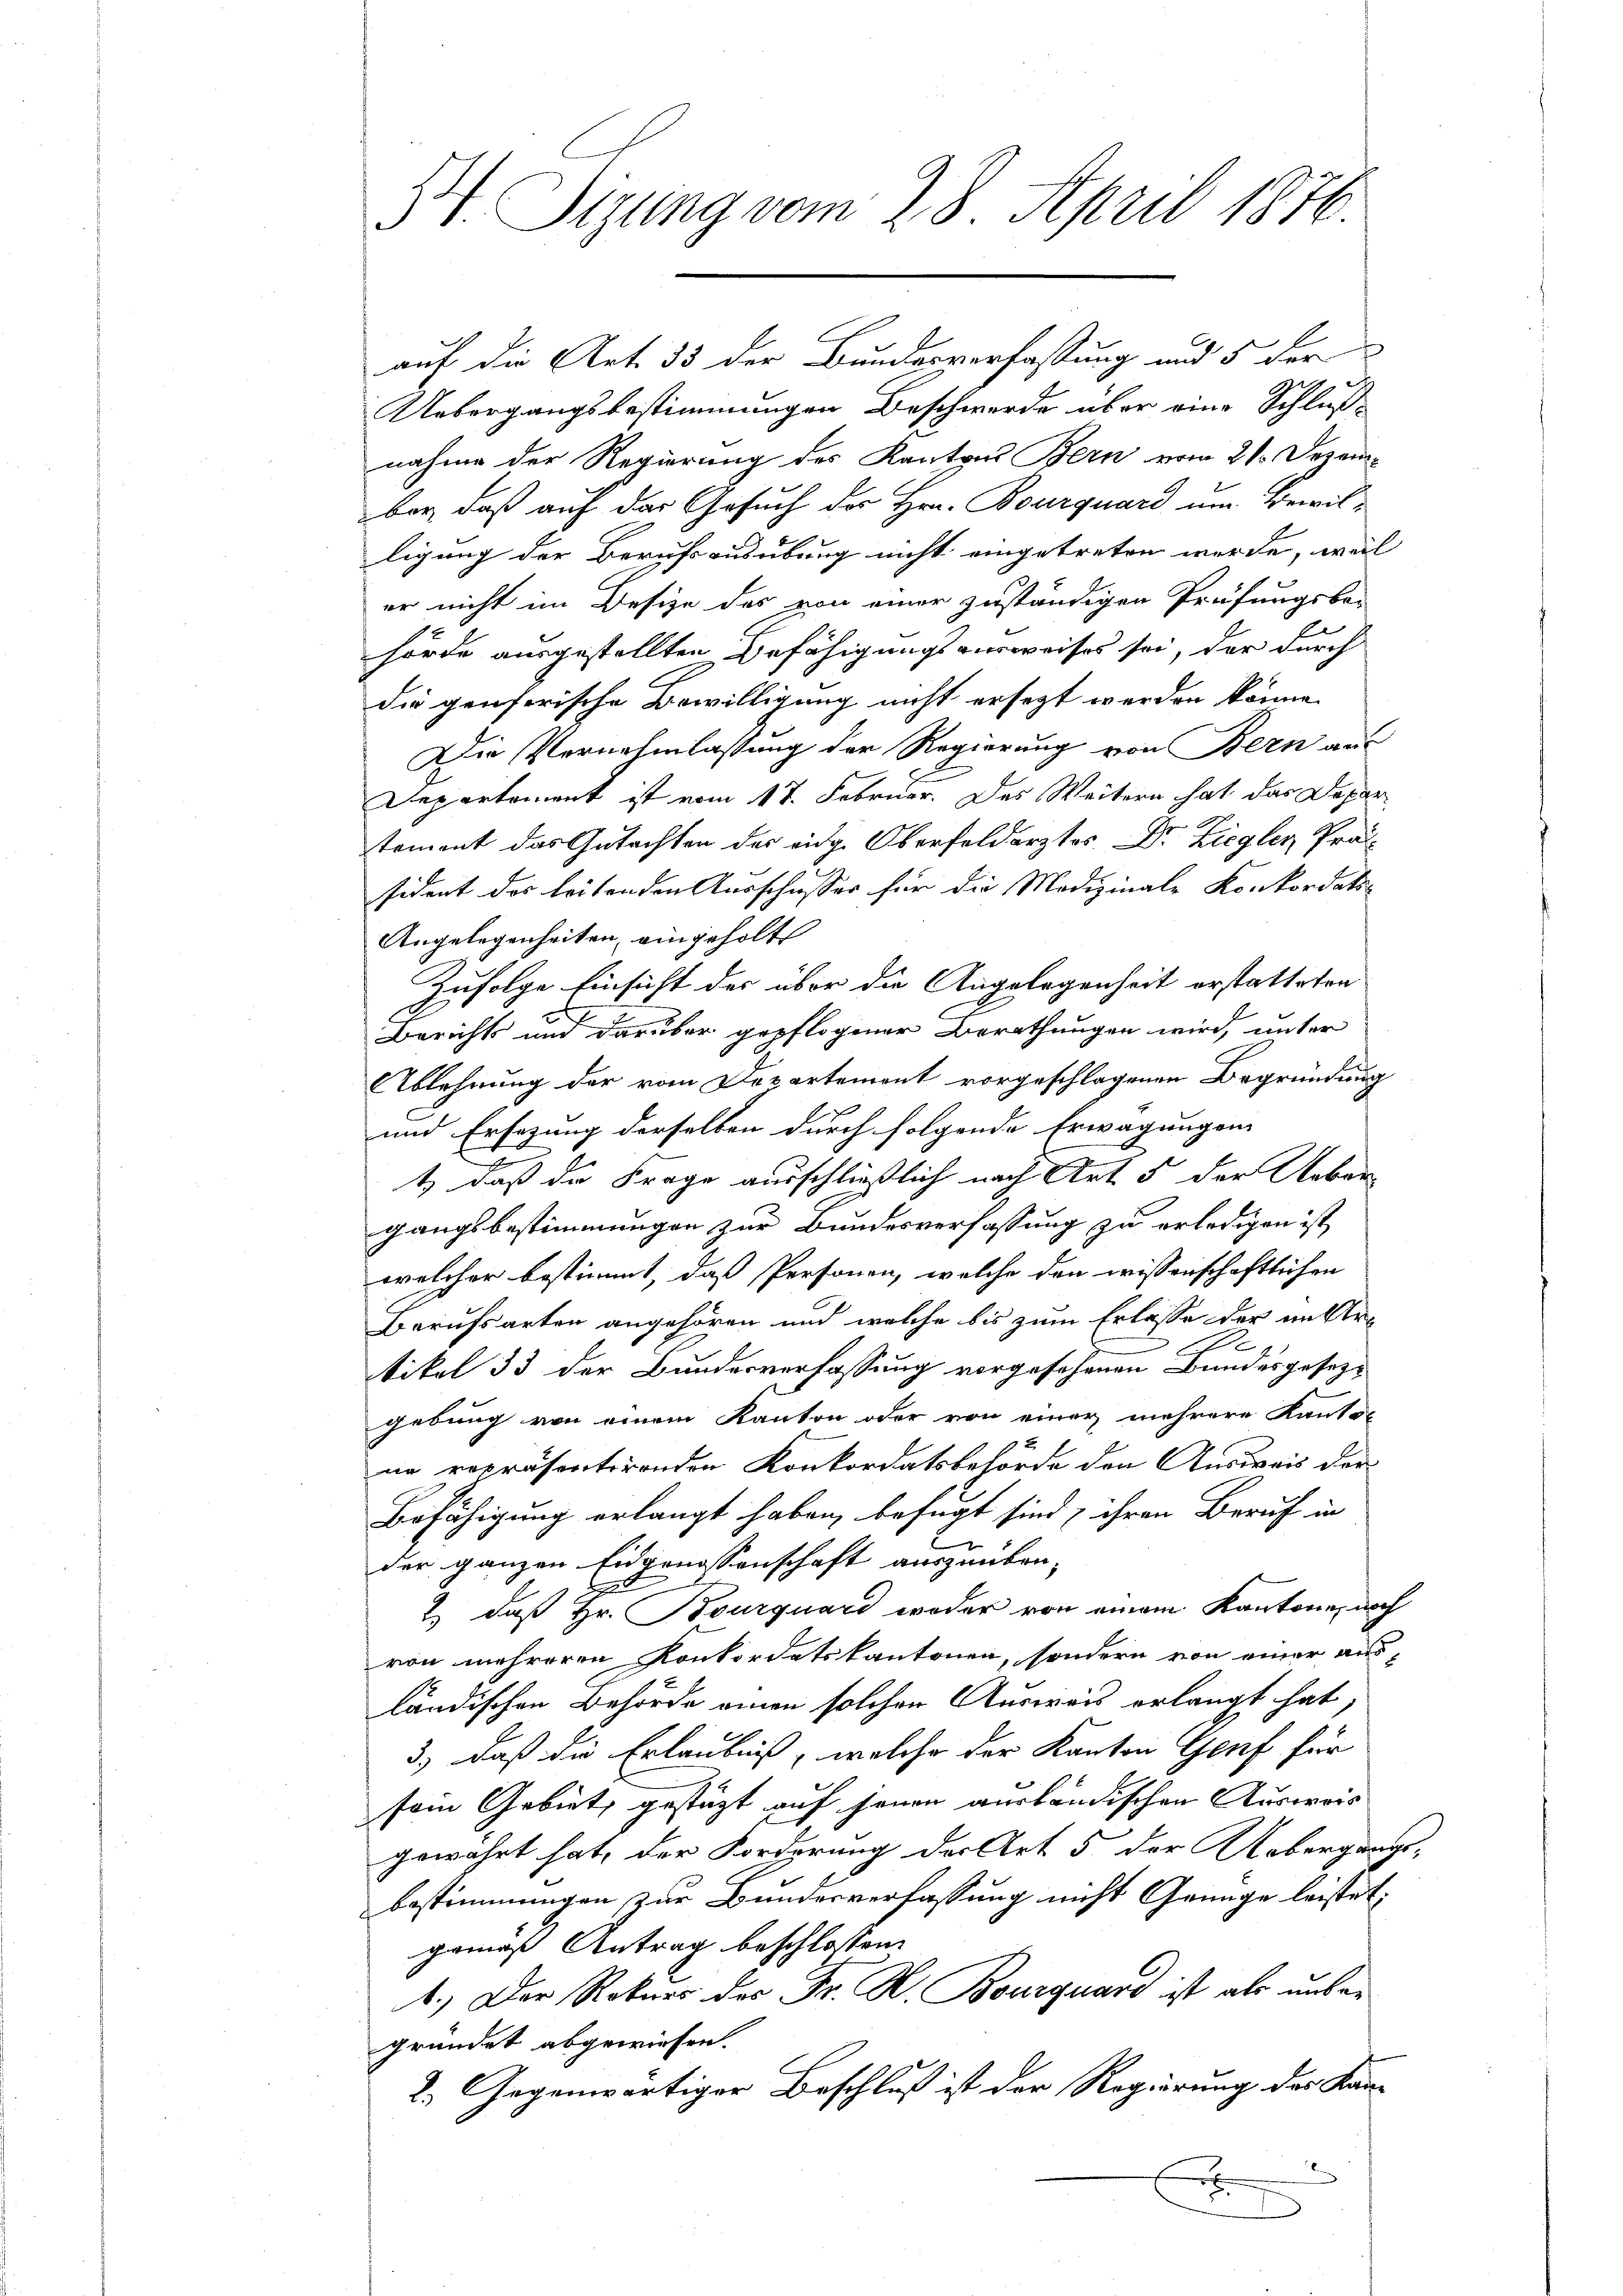
St. Sizung vom 28. April 1876

auf die Art. 33 der Bundesverfassung und 5 der
e
Uebergangsbestimmungen Beschwerde über eine Schluß-
nahme der Regierung des Kantons Bern vom 21. Dezembey, daß auf das Gesuch der Hrn. Bourquard um Bewilligung der Berufsausübung nicht eingetreten werde, weil
er nicht im Besize des von einer zuständigen Prüfungsbe-
hörde ausgestellten Befähigungsausweises sei, der durch
die genferische Bewilligung nicht ersezt werden könne.
Die Vornehmlassung der Regierung von Bern aus
Departement ist vom 17. Februar. Das Weitern hat das Departement das Gutachten des eidg. Oberfelderstos Dr. Ziegler Prässident des leitenden Ausschusser für die Medizinale Konkordats-
Angelegenheiten, eingeholt
Zufolge Einsicht der über die Angelegenheit erstatteten
2
Berichts und darüber gepflogener Berathungen wird, unter
Ablehnung der vom Departement vorgeschlagenen Begründung
und Ersezung derselben durch folgende Erwägungen
t) daß die Frage ausschließlich nach Art. 5 der Ueber
gangsbestimmungen zur Bundesverfassung zu erledigen ist,
welcher bestimmt, daß Personen, welche den wissenschaftlichen
Berufsarten angehören und welche bis zum Erlasse der unter¬
0e

tikel 33 der Bundesverfassung vorgesehenen Bundesgesezgebung von einem Kanton oder von einer mehrere Kanton
ne repräsentirenden Konkordatsbehörde den Ausweis der
Befähigung erlangt haben, befugt sind, ihren Beruf in
der ganzen Eidgenossenschaft auszuüben-
S
2) daß Hr. Bourquard weder von einem Kantone, noch
von mehreren Konkordatskantonen, sondern von einer ausländischen Behörde einen solcher Ausweis erlangt hat,
3) daß die Erlaubniß, welche der Kanton Genf für
sem Gebiet gestüzt auf jenen ausländischen Ausweis
gewährt hat, der Forderung der Art 5 der Uebergangs-
bestimmungen zur Bundesverfassung nicht Genüge leistet.
gemäß Antrag beschlossen:
1.) Der Rekurs der Fr. R. Bourquard ist als untergründet abgewiesen.
2. Gegenwärtiger Beschluß ist der Regierung des Kan-
x